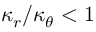
\kappa _ { r } / \kappa _ { \theta } < 1